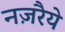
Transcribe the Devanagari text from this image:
नज़रैये